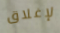
لإغلاق